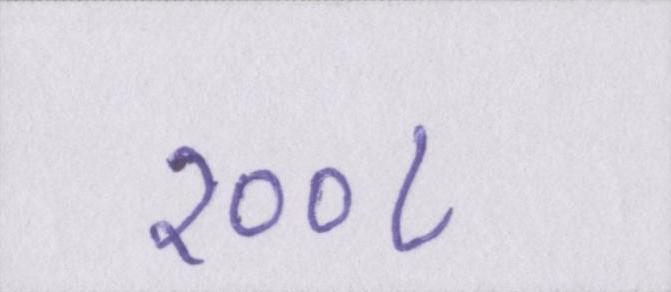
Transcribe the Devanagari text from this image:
२००८